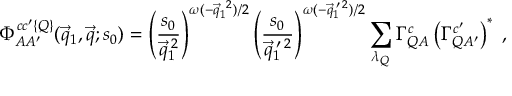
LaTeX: \Phi _ { A A ^ { \prime } } ^ { c c ^ { \prime } \{ Q \} } ( \vec { q } _ { 1 } , \vec { q } ; s _ { 0 } ) = \left( \frac { s _ { 0 } } { \vec { q } _ { 1 } ^ { \: 2 } } \right) ^ { \omega ( - \vec { q } _ { 1 } ^ { ~ 2 } ) / 2 } \left( \frac { s _ { 0 } } { \vec { q } _ { 1 } ^ { \: \prime \: 2 } } \right) ^ { \omega ( - \vec { q } _ { 1 } ^ { \: \prime \: 2 } ) / 2 } \sum _ { \lambda _ { Q } } \Gamma _ { Q A } ^ { c } \left( \Gamma _ { Q A ^ { \prime } } ^ { c ^ { \prime } } \right) ^ { * } \; ,